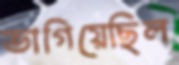
ভাগিয়েছিল